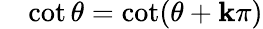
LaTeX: \quad\cot\theta=\cot(\theta+\mathbf{k}\pi)